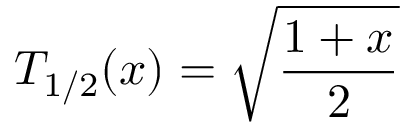
T _ { 1 / 2 } ( x ) = { \sqrt { \frac { 1 + x } { 2 } } }